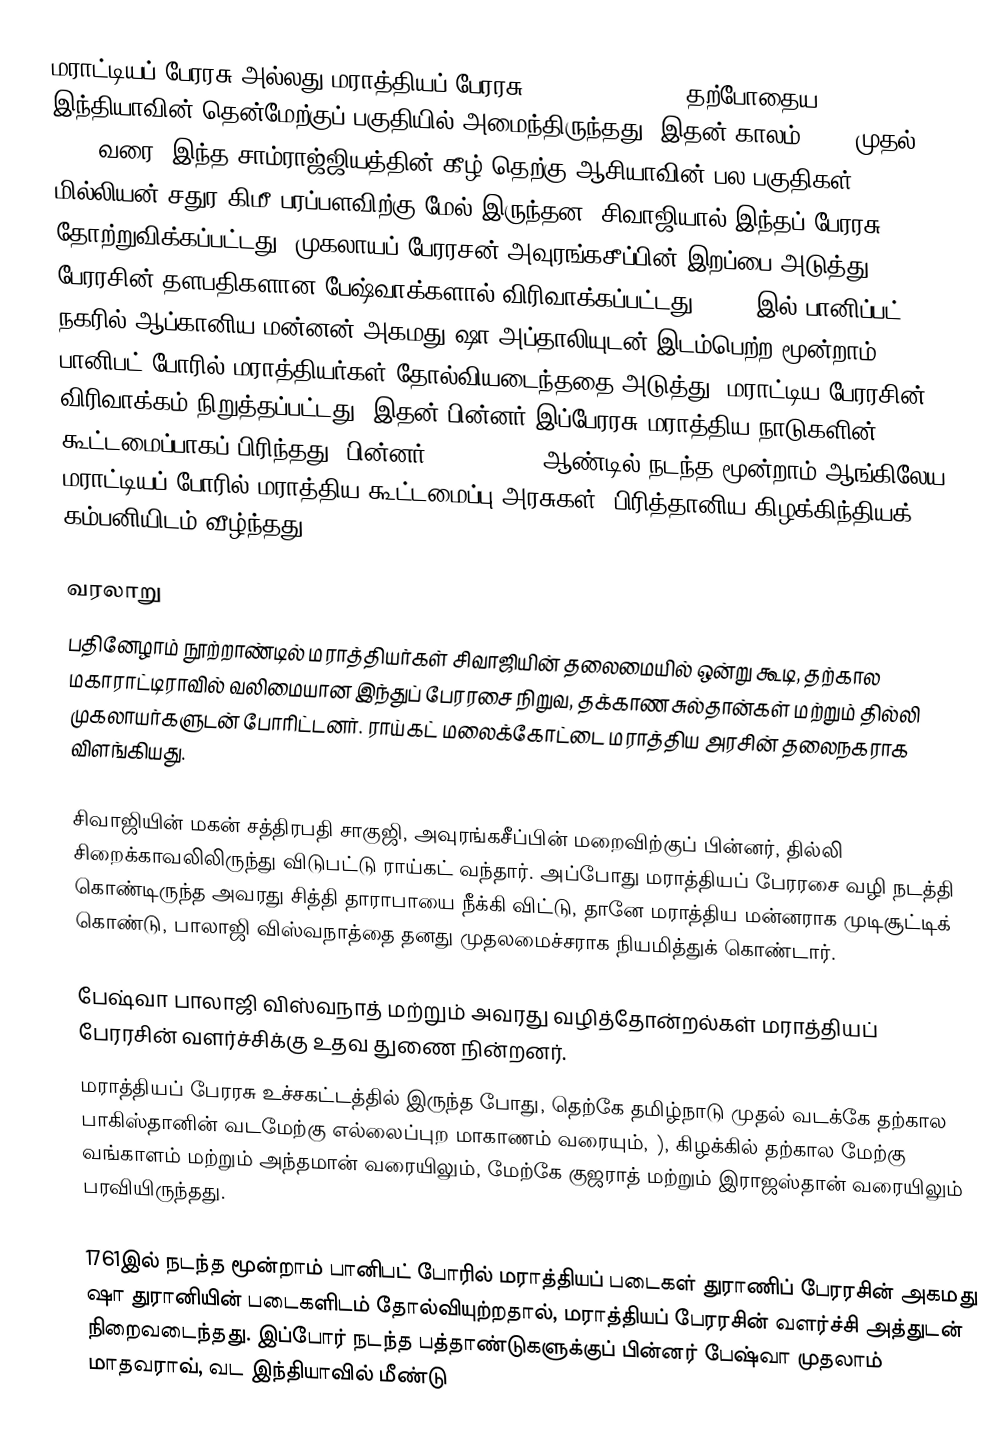
மராட்டியப் பேரரசு அல்லது மராத்தியப் பேரரசு (Maratha Empire) தற்போதைய இந்தியாவின் தென்மேற்குப் பகுதியில் அமைந்திருந்தது. இதன் காலம் 1674 முதல் 1818 வரை. இந்த சாம்ராஜ்ஜியத்தின் கீழ் தெற்கு ஆசியாவின் பல பகுதிகள் 2.8 மில்லியன் சதுர கிமீ பரப்பளவிற்கு மேல் இருந்தன. சிவாஜியால் இந்தப் பேரரசு தோற்றுவிக்கப்பட்டது. முகலாயப் பேரரசன் அவுரங்கசீப்பின் இறப்பை அடுத்து, பேரரசின் தளபதிகளான பேஷ்வாக்களால் விரிவாக்கப்பட்டது. 1761 இல் பானிப்பட் நகரில் ஆப்கானிய மன்னன் அகமது ஷா அப்தாலியுடன் இடம்பெற்ற மூன்றாம் பானிபட் போரில் மராத்தியர்கள் தோல்வியடைந்ததை அடுத்து, மராட்டிய பேரரசின் விரிவாக்கம் நிறுத்தப்பட்டது. இதன் பின்னர் இப்பேரரசு மராத்திய நாடுகளின் கூட்டமைப்பாகப் பிரிந்தது. பின்னர் 1817 – 1818 ஆண்டில் நடந்த மூன்றாம் ஆங்கிலேய மராட்டியப் போரில்  மராத்திய கூட்டமைப்பு அரசுகள், பிரித்தானிய கிழக்கிந்தியக் கம்பனியிடம் வீழ்ந்தது.

வரலாறு
பதினேழாம் நூற்றாண்டில் மராத்தியர்கள் சிவாஜியின் தலைமையில் ஒன்று கூடி, தற்கால மகாராட்டிராவில் வலிமையான இந்துப் பேரரசை நிறுவ, தக்காண சுல்தான்கள் மற்றும் தில்லி முகலாயர்களுடன் போரிட்டனர். ராய்கட் மலைக்கோட்டை மராத்திய அரசின் தலைநகராக விளங்கியது.

சிவாஜியின் மகன் சத்திரபதி சாகுஜி, அவுரங்கசீப்பின் மறைவிற்குப் பின்னர், தில்லி சிறைக்காவலிலிருந்து விடுபட்டு ராய்கட் வந்தார். அப்போது மராத்தியப் பேரரசை வழி நடத்தி கொண்டிருந்த அவரது சித்தி தாராபாயை நீக்கி விட்டு, தானே மராத்திய மன்னராக முடிசூட்டி௧் கொண்டு, பாலாஜி விஸ்வநாத்தை தனது முதலமைச்சராக நியமித்துக் கொண்டார்.

பேஷ்வா பாலாஜி விஸ்வநாத் மற்றும் அவரது வழித்தோன்றல்கள் மராத்தியப் பேரரசின் வளர்ச்சிக்கு உதவ துணை நின்றனர்.
மராத்தியப் பேரரசு உச்சகட்டத்தில் இருந்த போது, தெற்கே தமிழ்நாடு முதல் வடக்கே தற்கால பாகிஸ்தானின் வடமேற்கு எல்லைப்புற மாகாணம் வரையும், ), கிழக்கில் தற்கால மேற்கு வங்காளம் மற்றும் அந்தமான் வரையிலும், மேற்கே குஜராத் மற்றும் இராஜஸ்தான் வரையிலும் பரவியிருந்தது.

1761இல் நடந்த மூன்றாம் பானிபட் போரில் மராத்தியப் படைகள் துராணிப் பேரரசின்  அகமது ஷா துரானியின் படைகளிடம் தோல்வியுற்றதால், மராத்தியப் பேரரசின் வளர்ச்சி அத்துடன் நிறைவடைந்தது. இப்போர் நடந்த பத்தாண்டுகளுக்குப் பின்னர் பேஷ்வா முதலாம் மாதவராவ், வட இந்தியாவில் மீண்டு